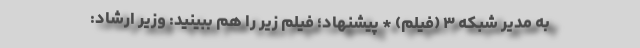
به مدیر شبکه ۳ (فیلم) * پیشنهاد؛ فیلم‌ زیر را هم ببینید: وزیر ارشاد: